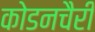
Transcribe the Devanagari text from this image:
कोडनचैरी